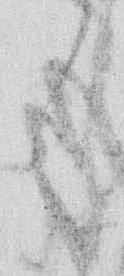
く